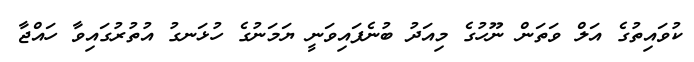
ކުވައިތުގެ އަލް ވަތަން ނޫހުގެ މިއަދު ބުނެފައިވަނީ ޔަމަނުގެ ހުޅަނގު އުތުރުގައިވާ ހައްޖާ